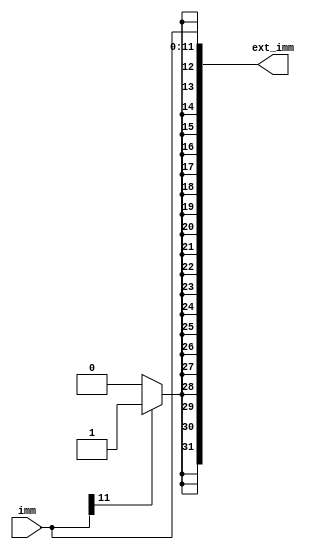
module sign_ext2(
    input [11:0]imm,

    output [31:0]ext_imm
);

/*
*   Problem 5 (solved):
*   Describe sign extension logic using ternary operator.
*/

   wire ext = imm[11] ? 1'b1 : 1'b0;

   assign ext_imm = {{20{ext}}, imm};

endmodule